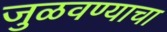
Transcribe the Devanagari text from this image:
जुळवण्याचा